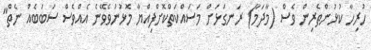
ހުރިހާ ކުޅުންތެރިން ވެސް (މާދަމާ) ރަނގަޅަށް މަސައްކަތްކޮށްފިއްޔާ މޮޅުނުވެވޭނެ އެއްވެސް ސަބަބެއް ނެތް"